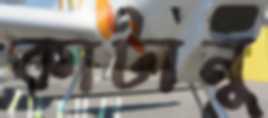
কাটানু